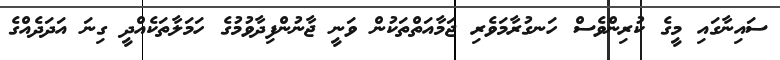
ސައިނާގައި މީގެ ކުރިންވެސް ހަނގުރާމަވެރި ޖަމާއަތްތަކުން ވަނީ ޖާނުންފިދާވުމުގެ ހަމަލާތަކެއްދީ ގިނަ އަދަދެއްގެ